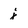
Character: j